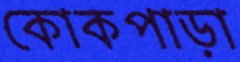
কোকপাড়া